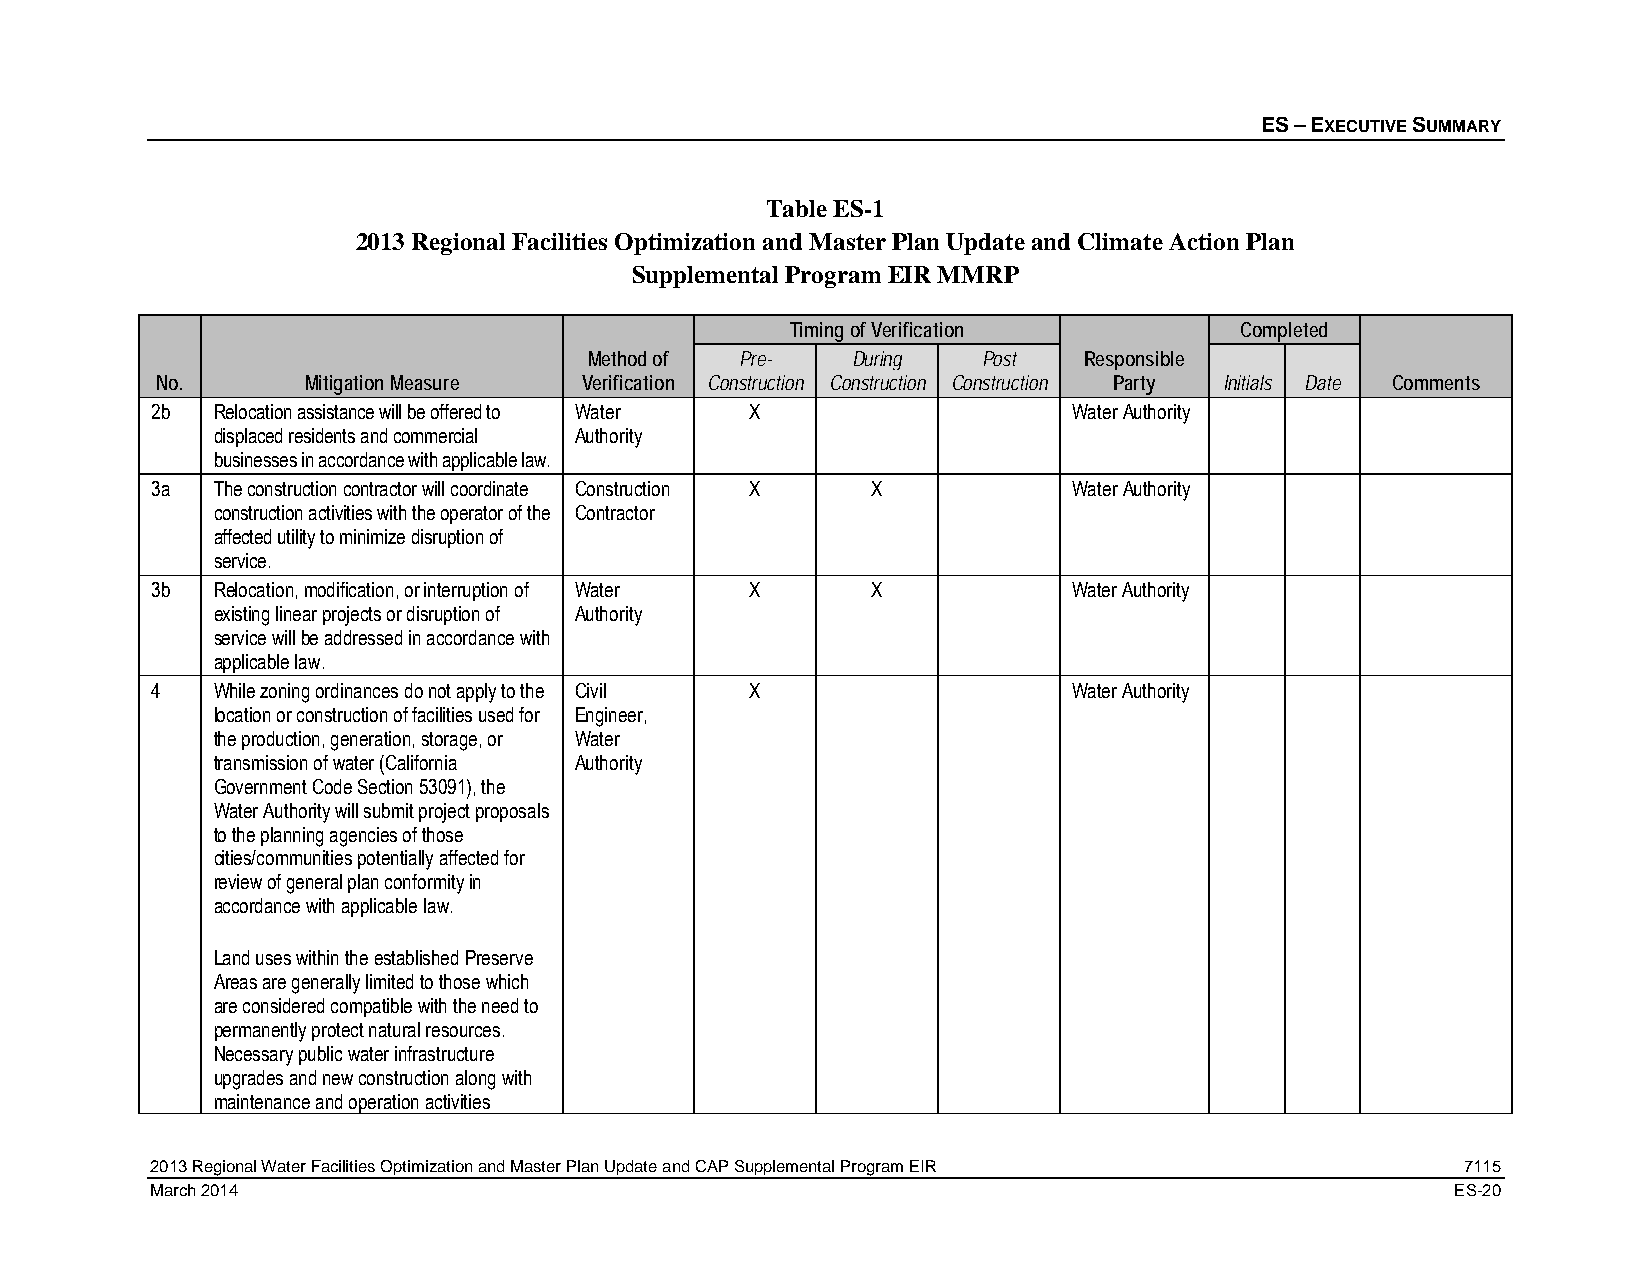
ES – EXECUTIVE SUMMARY
 Table ES-1
 2013 Regional Facilities Optimization and Master Plan Update and Climate Action Plan
 Supplemental Program EIR MMRP
 Timing of Verification        Completed
 Method of Pre-   During   Post   Responsible
 No.       Mitigation Measure Verification Construction Construction Construction Party Initials Date Comments
 2b  Relocation assistance will be offered to Water X         Water Authority
 displaced residents and commercial Authority
 businesses in accordance with applicable law.
 3a  The construction contractor will coordinate Construction X X Water Authority
 construction activities with the operator of the Contractor
 affected utility to minimize disruption of
 service.
 3b  Relocation, modification, or interruption of Water X X   Water Authority
 existing linear projects or disruption of Authority
 service will be addressed in accordance with
 applicable law.
 4   While zoning ordinances do not apply to the Civil X      Water Authority
 location or construction of facilities used for Engineer,
 the production, generation, storage, or Water
 transmission of water (California Authority
 Government Code Section 53091), the
 Water Authority will submit project proposals
 to the planning agencies of those
 cities/communities potentially affected for
 review of general plan conformity in
 accordance with applicable law.
 Land uses within the established Preserve
 Areas are generally limited to those which
 are considered compatible with the need to
 permanently protect natural resources.
 Necessary public water infrastructure
 upgrades and new construction along with
 maintenance and operation activities
 2013 Regional Water Facilities Optimization and Master Plan Update and CAP Supplemental Program EIR 7115
 March 2014                                                                            ES-20